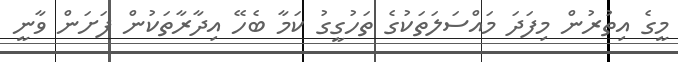
މީގެ އިތުރުން މިފަދަ މައްސަލަތަކުގެ ތަހުގީގު ކަމާ ބެހޭ އިދާރާތަކުން ފަށަން ވާނީ